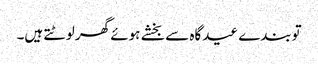
توبندے عیدگاہ سے بخشے ہوئے گھر لوٹتے ہیں۔